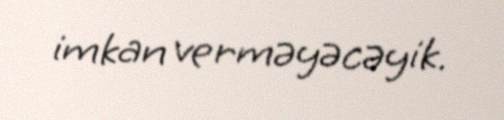
imkan verməyəcəyik.